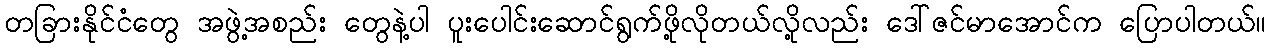
တခြားနိုင်ငံတွေ အဖွဲ့အစည်း တွေနဲ့ပါ ပူးပေါင်းဆောင်ရွက်ဖို့လိုတယ်လို့လည်း ဒေါ်ဇင်မာအောင်က ပြောပါတယ်။